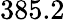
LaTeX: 385.2